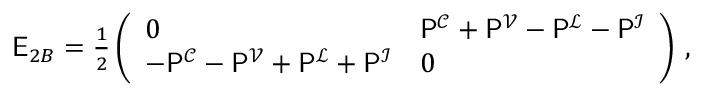
\begin{array} { r } { \mathsf { E } _ { 2 B } = \frac { 1 } { 2 } \left( \begin{array} { l l } { 0 } & { \mathsf { P } ^ { \mathcal { C } } + \mathsf { P } ^ { \mathcal { V } } - \mathsf { P } ^ { \mathcal { L } } - \mathsf { P } ^ { \mathcal { I } } } \\ { - \mathsf { P } ^ { \mathcal { C } } - \mathsf { P } ^ { \mathcal { V } } + \mathsf { P } ^ { \mathcal { L } } + \mathsf { P } ^ { \mathcal { I } } } & { 0 } \end{array} \right) \, , } \end{array}